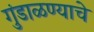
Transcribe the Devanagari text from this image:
गुंडाळण्याचे